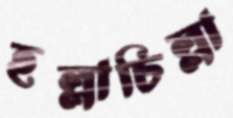
হল্লাচিল্লা